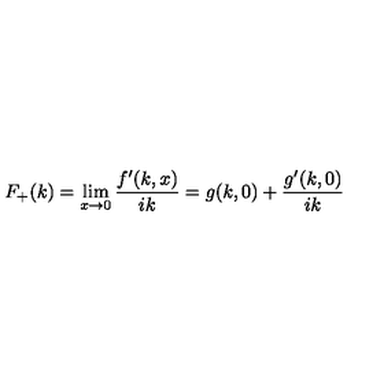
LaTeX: F _ { + } ( k ) = \lim _ { x \to 0 } \frac { f ^ { \prime } ( k , x ) } { i k } = g ( k , 0 ) + \frac { g ^ { \prime } ( k , 0 ) } { i k }